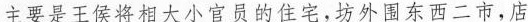
主要是王侯将相大小官员的住宅，坊外围东西二市，店